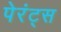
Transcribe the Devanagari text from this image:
पेरंट्स